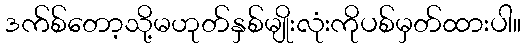
ဒက်စ်တော့သို့မဟုတ်နှစ်မျိုးလုံးကိုပစ်မှတ်ထားပါ။